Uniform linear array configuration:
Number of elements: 12
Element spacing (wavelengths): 0.5
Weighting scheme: hann
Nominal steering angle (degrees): -30
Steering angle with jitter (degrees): -29.101
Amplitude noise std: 0.05
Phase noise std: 0.05

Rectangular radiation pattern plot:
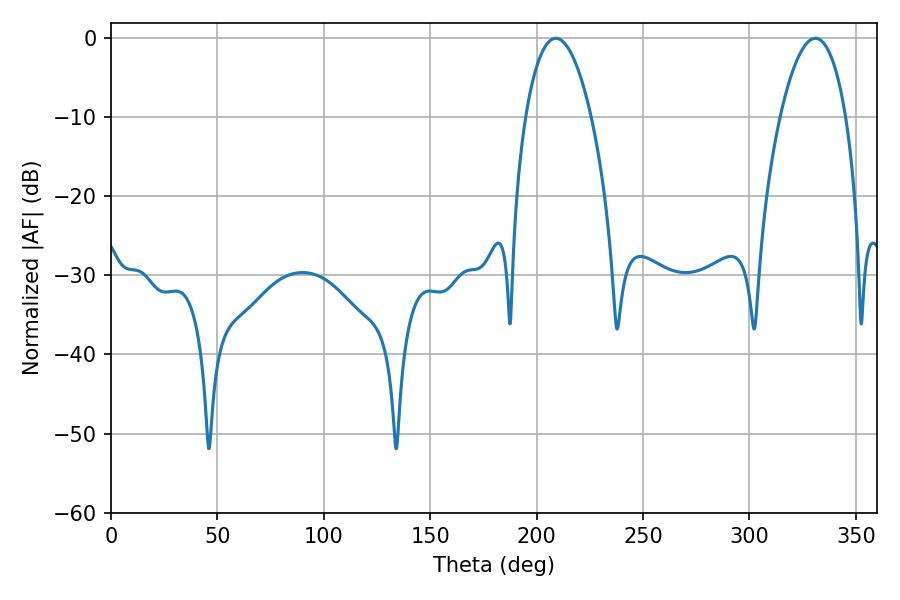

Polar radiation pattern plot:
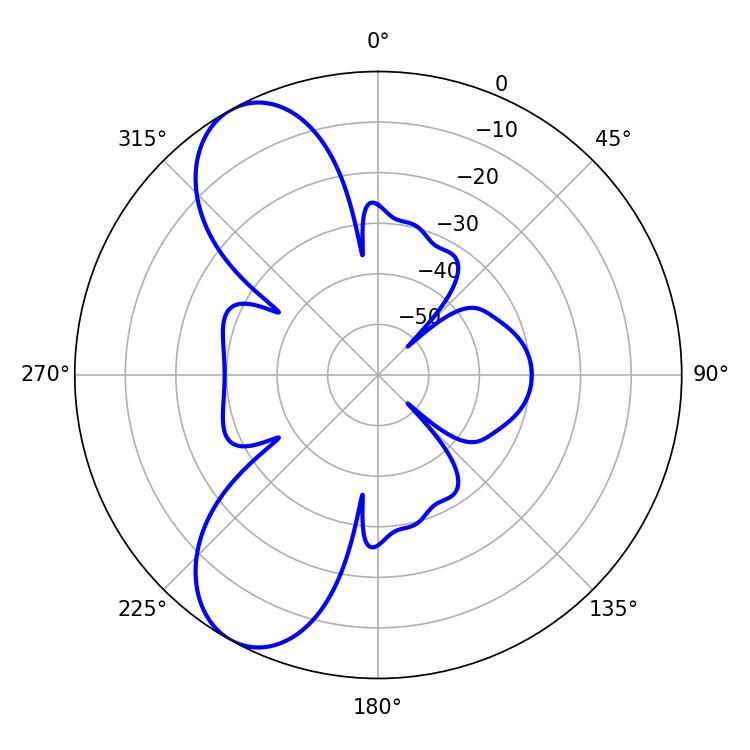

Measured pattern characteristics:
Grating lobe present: FALSE
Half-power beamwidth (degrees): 17.28
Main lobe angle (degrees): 208.98